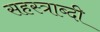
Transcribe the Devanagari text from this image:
सहस्‍त्राब्दी